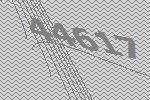
44617